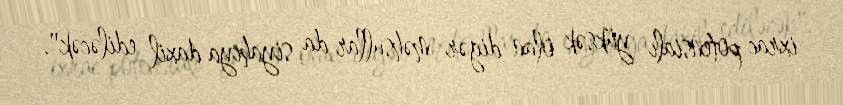
ixrac potensialı yüksək olan digər məhsullar da siyahıya daxil ediləcək".